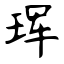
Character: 珲